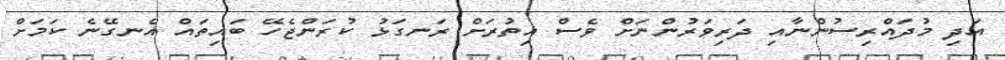
އަދި މުދައްރިސުންނާއި ދަރިވަރުންނަށް ވެސް އިތުރަށް ރަނގަޅު ކުރަންޖެހޭ ބައިތައް އެނގޭނެ ކަމަށް